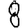
Digit: 8